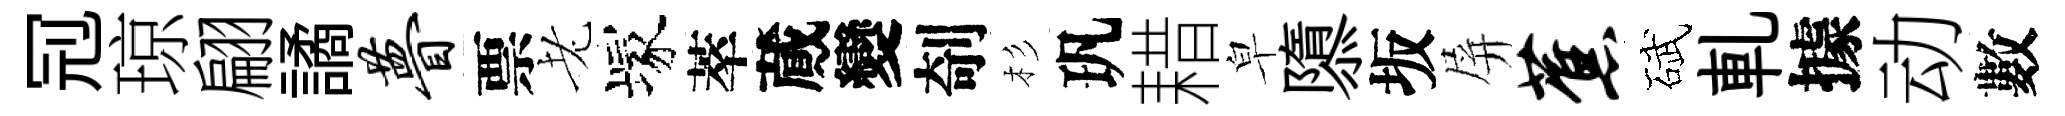
𠜍琼翩譎瞢票老塚萃蕆變剞杉㺬耤皁隳坂屏蕉碔軋據动數